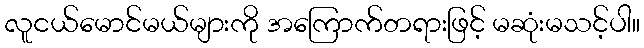
လူငယ်မောင်မယ်များကို အကြောက်တရားဖြင့် မဆုံးမသင့်ပါ။